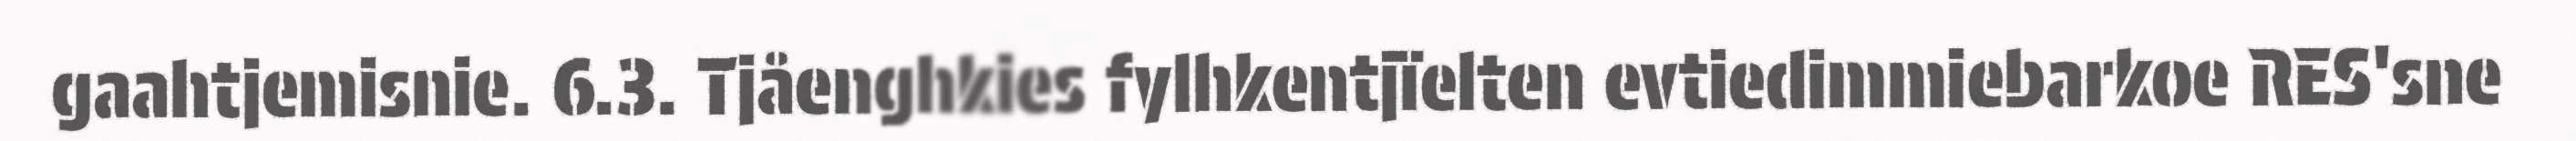
gaahtjemisnie. 6.3. Tjåenghkies fylhkentjïelten evtiedimmiebarkoe RES'sne